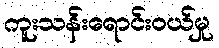
ကူးသန်းရောင်းဝယ်မှု